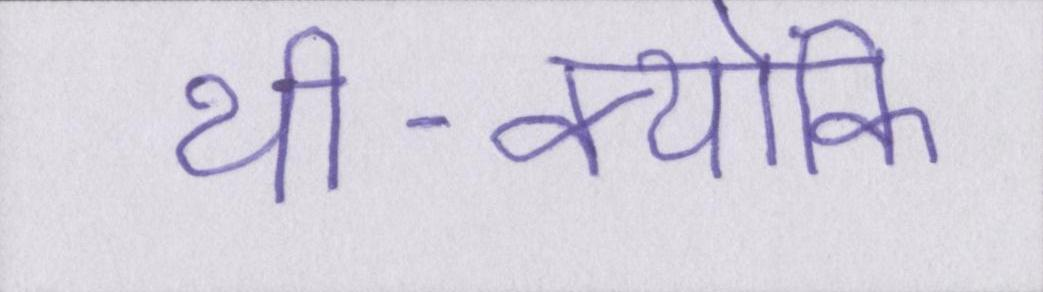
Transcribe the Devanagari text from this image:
थी-क्योंकि